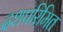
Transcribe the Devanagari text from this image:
दशपरिमित